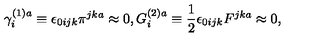
\gamma _ { i } ^ { ( 1 ) a } \equiv \epsilon _ { 0 i j k } \pi ^ { j k a } \approx 0 , G _ { i } ^ { ( 2 ) a } \equiv \frac 1 2 \epsilon _ { 0 i j k } F ^ { j k a } \approx 0 ,